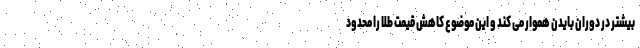
بیشتر در دوران بایدن هموار می کند و این موضوع کاهش قیمت طلا را محدود